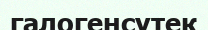
галогенсутек